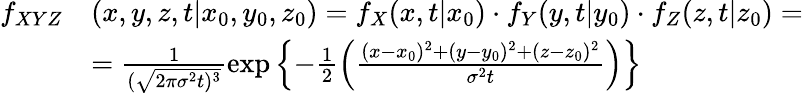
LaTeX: \begin{array}{rl}{f_{XYZ}}&{(x,y,z,t\vert x_{0},y_{0},z_{0})=f_{X}(x,t\vert x_{0})\cdot f_{Y}(y,t\vert y_{0})\cdot f_{Z}(z,t\vert z_{0})=}\\ &{=\frac{1}{(\sqrt{2\pi\sigma^{2}t)^{3}}}\exp\left\lbrace-\frac{1}{2}\left(\frac{(x-x_{0})^{2}+(y-y_{0})^{2}+(z-z_{0})^{2}}{\sigma^{2}t}\right)\right\rbrace}\end{array}